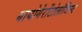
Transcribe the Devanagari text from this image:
बायोगेरोंटोलॉजिस्ट